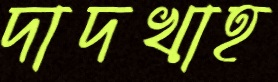
দাদখাহ